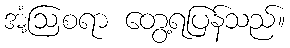
အံ့ဩစရာ တွေ့ရပြန်သည်။